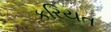
કરિયત